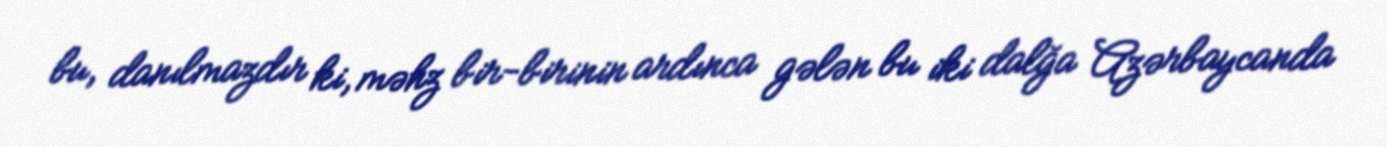
bu, danılmazdır ki, məhz bir-birinin ardınca gələn bu iki dalğa Azərbaycanda